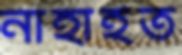
নাহাইত